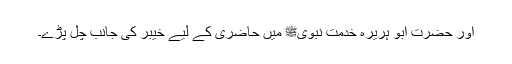
اور حضرت ابو ہریرہؓ خدمت نبویﷺ میں حاضری کے لیے خیبر کی جانب چل پڑے۔